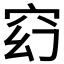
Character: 𥥆